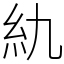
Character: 䊵